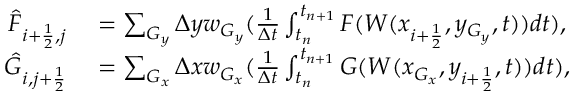
\begin{array} { r l } { \Hat F _ { i + \frac { 1 } { 2 } , j } } & { { } = \sum _ { G _ { y } } \Delta y w _ { G _ { y } } ( \frac { 1 } { \Delta t } \int _ { t _ { n } } ^ { t _ { n + 1 } } F ( W ( x _ { i + \frac { 1 } { 2 } } , y _ { G _ { y } } , t ) ) d t ) , } \\ { \Hat G _ { i , j + \frac { 1 } { 2 } } } & { { } = \sum _ { G _ { x } } \Delta x w _ { G _ { x } } ( \frac { 1 } { \Delta t } \int _ { t _ { n } } ^ { t _ { n + 1 } } G ( W ( x _ { G _ { x } } , y _ { i + \frac { 1 } { 2 } } , t ) ) d t ) , } \end{array}